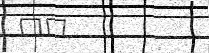
٨٤